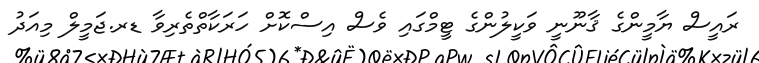
ރައީސް ޔާމީންގެ ޤާނޫނީ ވަކީލުންގެ ޓީމްގައި ވެސް އިސްކޮށް ހަރަކާތްތެރިވާ ޑރ.ޖަމީލް މިއަދު